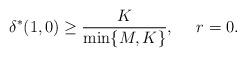
LaTeX: \begin{align*}\delta^*(1,0) \geq \frac{K}{\min\{M,K\}}, ~~ ~~ r = 0.\end{align*}